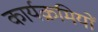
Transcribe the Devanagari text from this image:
कार्यक्रमियों